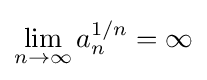
\lim _{n\to \infty }a_{n}^{1/n}=\infty